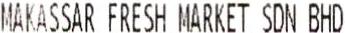
MAKASSAR FRESH MARKET SDN BHD